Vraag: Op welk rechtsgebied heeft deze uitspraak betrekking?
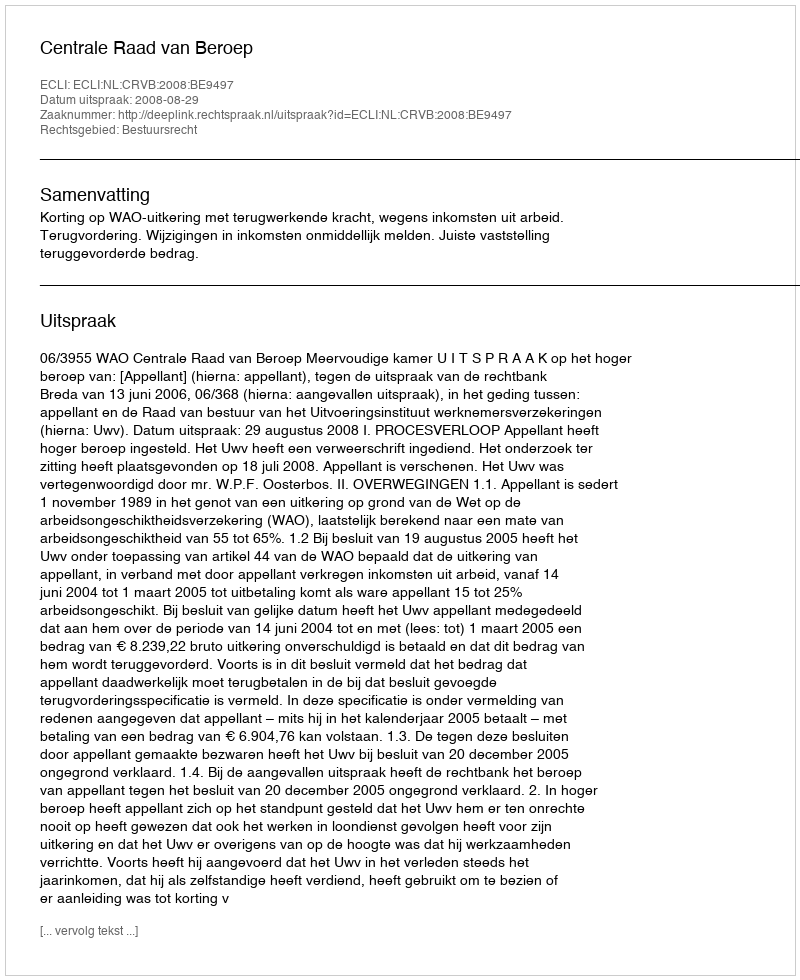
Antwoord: Bestuursrecht